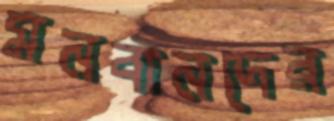
মনবানদের